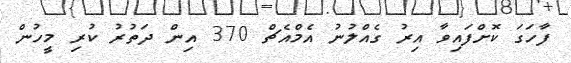
ފާހަގަ ކޮށްފައިވާ އިރު ގެއްލުނު އެމްއެޗް 370 އިން ދަތުރު ކުރި މީހުން